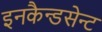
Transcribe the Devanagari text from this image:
इनकैन्डसेन्ट